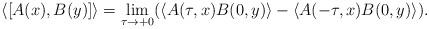
LaTeX: \begin{align*}\left\langle \lbrack A(x),B(y)]\right\rangle =\lim_{\tau \rightarrow+0}(\left\langle A(\tau ,x)B(0,y)\right\rangle -\left\langle A(-\tau,x)B(0,y)\right\rangle ). \end{align*}